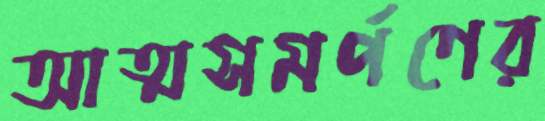
আত্মসমর্পণের